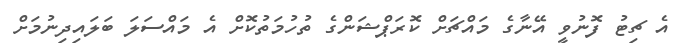
އެ ޗިޓު ފޮނުވީ އޭނާގެ މައްޗަށް ކޮރަޕްޝަންގެ ތުހުމަތުކޮށް އެ މައްސަލަ ބަލައިދިނުމަށް